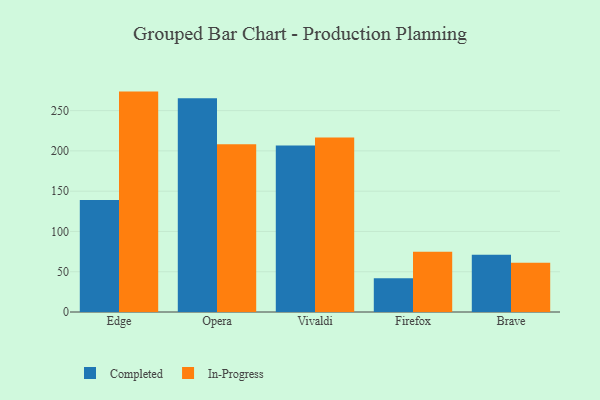
{"axis": {"x": "Browser", "y": "Conversion Rate (%)"}, "legend": ["Completed", "In-Progress"], "data": [{"x": "Edge", "y": 139.0, "type": "Completed"}, {"x": "Edge", "y": 273.6, "type": "In-Progress"}, {"x": "Opera", "y": 265.3, "type": "Completed"}, {"x": "Opera", "y": 208.2, "type": "In-Progress"}, {"x": "Vivaldi", "y": 206.8, "type": "Completed"}, {"x": "Vivaldi", "y": 216.6, "type": "In-Progress"}, {"x": "Firefox", "y": 42.0, "type": "Completed"}, {"x": "Firefox", "y": 74.7, "type": "In-Progress"}, {"x": "Brave", "y": 71.1, "type": "Completed"}, {"x": "Brave", "y": 61.0, "type": "In-Progress"}]}